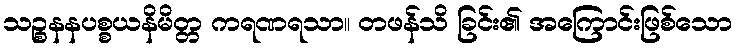
သဉ္စနနပစ္စယနိမိတ္တ ကရဏရသာ။ တဖန်သိ ခြင်း၏ အကြောင်းဖြစ်သော